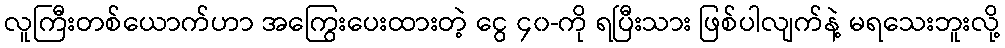
လူကြီးတစ်ယောက်ဟာ အကြွေးပေးထားတဲ့ ငွေ ၄၀-ကို ရပြီးသား ဖြစ်ပါလျက်နဲ့ မရသေးဘူးလို့